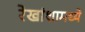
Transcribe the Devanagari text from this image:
रेखांशामध्ये